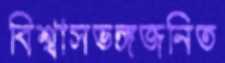
বিশ্বাসভঙ্গজনিত